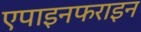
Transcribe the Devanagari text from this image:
एपाइनफराइन